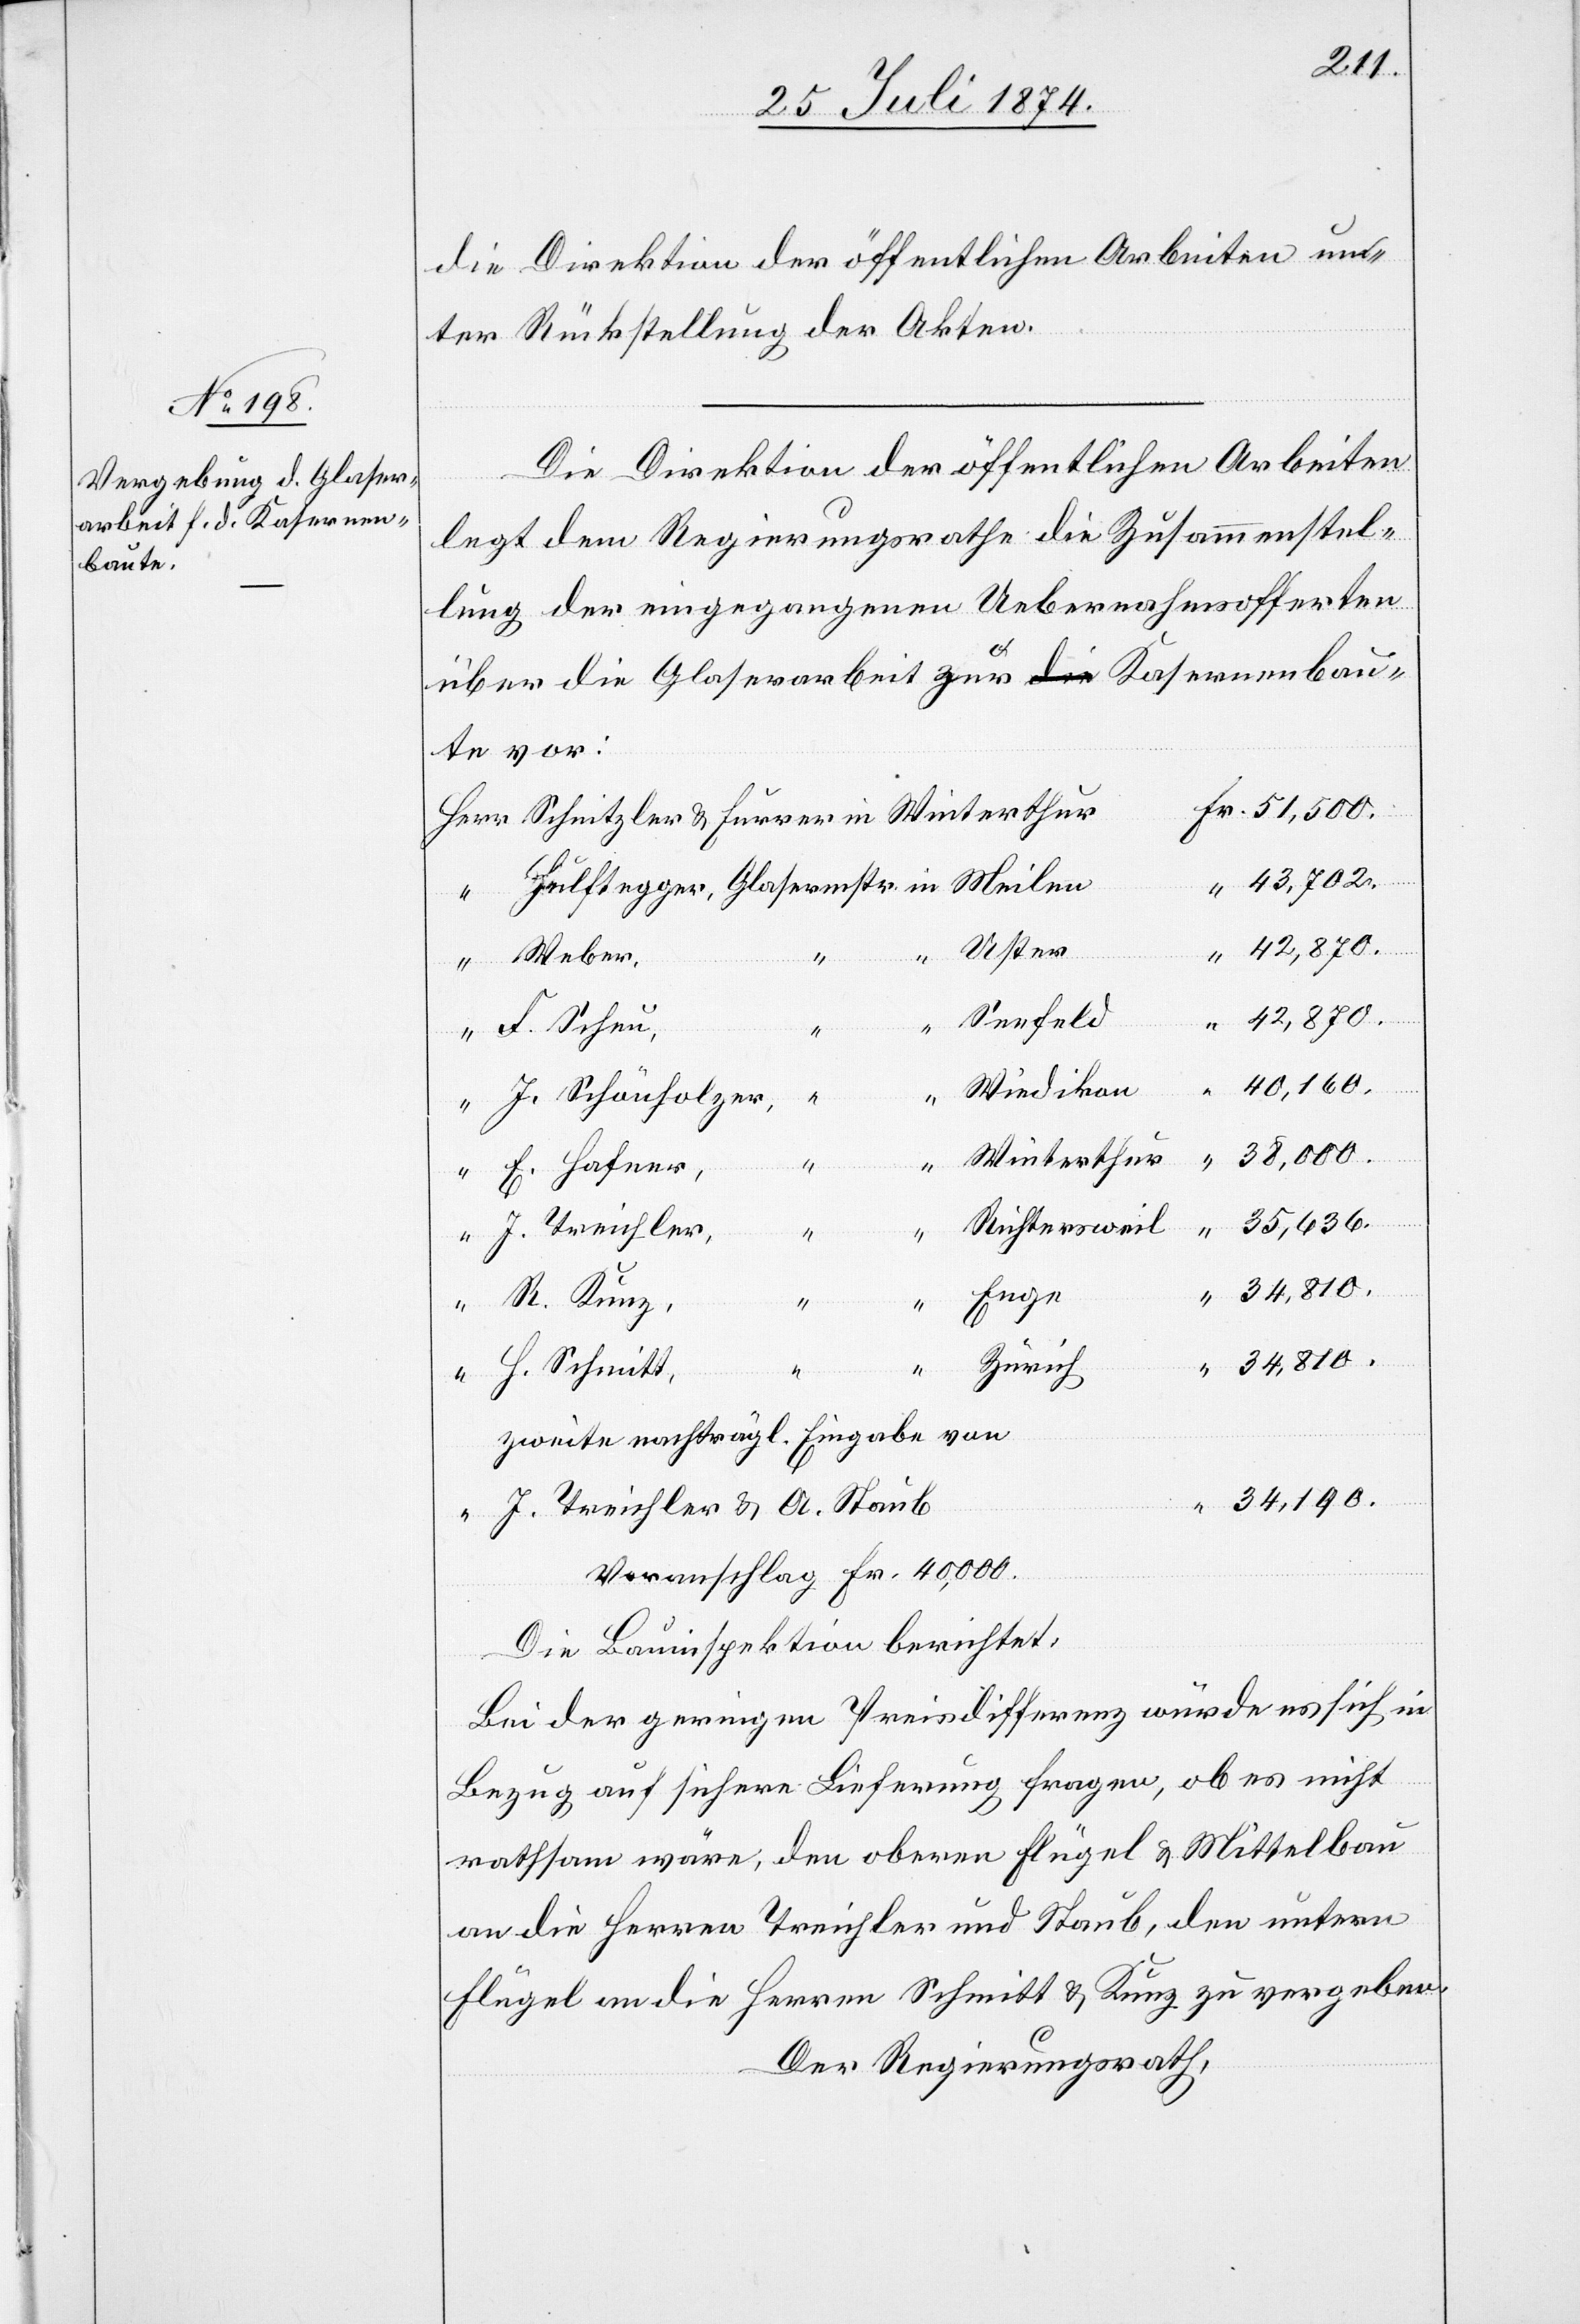
die Direktion der öffentlichen Arbeiten un¬
ter Rückstellung der Akten.
Die Direktion der öffentlichen Arbeiten
legt dem Regierungsrathe die Zusammenstel¬
lung der eingegangenen Uebernahmsofferten
über die Glaserarbeit zur Kasernenbau¬
te vor:
43,702.
Uster
42,870.
Weber,
Fr.
Seefeld
42,870.
F. Scheu,
“
40,160.
Wiedikon
“
J. Schönholzer,
“
38,000.
Winterthur
E. Hafner,
“
“
35,636.
Richtersweil
J. Treichler,
34,810.
Enge
R. Kunz,
Zürich
H. Schmitt,
zweite nachträgliche Eingabe von
34,190.
J. Treichler u. A. Staub
Voranschlag Fr. 40,000.
Die Bauinspektion berichtet:
Bei der geringen Preisdifferenz würde es sich in
Bezug auf sichere Lieferung fragen, ob es nicht
rathsam wäre, den oberen Flügel u. Mittelbau
an die Herren Treichler und Staub, den untern
Flügel an die Herren Schmitt u. Kunz zu vergeben.
Der Regierungsrath,